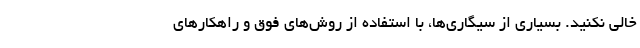
خالی نکنید. بسیاری از سیگاری‌ها، با استفاده از روش‌های فوق و راهکارهای